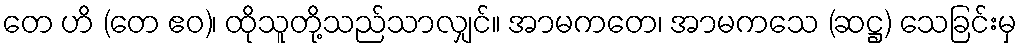
တေ ဟိ (တေ ဧဝ)၊ ထိုသူတို့သည်သာလျှင်။ အာမကတေ၊ အာမကသေ (ဆဋ္ဌ) သေခြင်းမှ